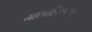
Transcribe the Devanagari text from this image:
मारुतीप्रमाणे